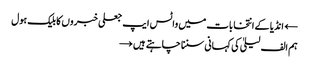
← انڈیا کے انتخابات میں واٹس ایپ جعلی خبروں کا بلیک ہول
ہم الف لیلیٰ کی کہانی سننا چاہتے ہیں →